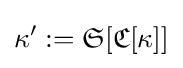
\kappa ':={\mathfrak {S}}[{\mathfrak {C}}[\kappa ]]